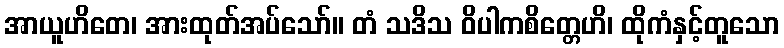
အာယူဟိတေ၊ အားထုတ်အပ်သော်။ တံ သဒိသ ဝိပါကစိတ္တေဟိ၊ ထိုကံနှင့်တူသော